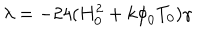
{ \lambda } = - 2 4 ( H _ { 0 } ^ { 2 } + k { \phi } _ { 0 } T _ { 0 } ) { \gamma }